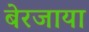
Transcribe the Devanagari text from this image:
बेरजाया